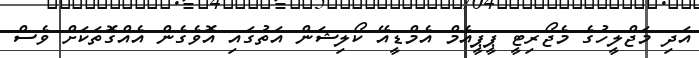
އަދި މަޖްލީހުގެ މެޖޯރިޓީ ޕީޕީއެމް އެމްޑީއޭ ކޯލިޝަން އަތުގައި އޮވެގެން އެއްގޮތަކަށް ވެސް